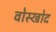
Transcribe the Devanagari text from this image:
वोस्खोद